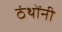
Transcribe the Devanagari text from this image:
ठंथोंनी